Vaccination returns of the Province of Eastern Bengal and Assam - 1905-1912
Year: 1905
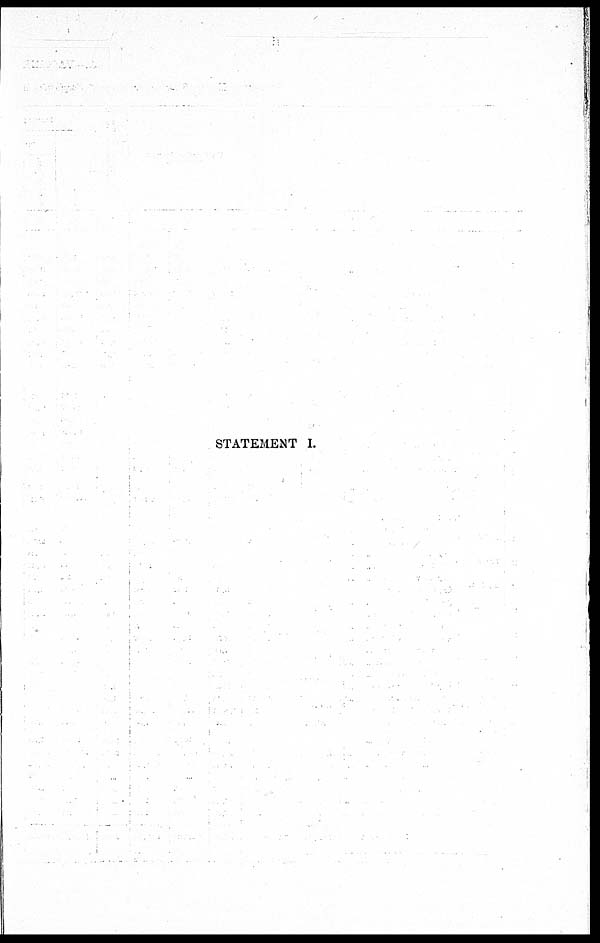
STATEMENT I.